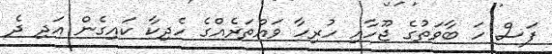
ފަސް ހަ ބާވަތުގެ ޖޫހާއި ހުރިހާ ވައްތަރެއްގެ ހެދިކާ ކައިިގެން އަދި ދެ